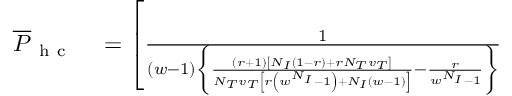
\begin{array} { r l } { \overline { { P } } _ { \mathrm { ~ h ~ c ~ } } } & { { } = \left[ \frac { 1 } { ( w - 1 ) \left\{ \frac { ( r + 1 ) \left[ N _ { I } ( 1 - r ) + r N _ { T } v _ { T } \right] } { N _ { T } v _ { T } \left[ r \left( w ^ { N _ { I } } - 1 \right) + N _ { I } ( w - 1 ) \right] } - \frac { r } { w ^ { N _ { I } } - 1 } \right\} } \right. } \end{array}